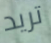
تريد